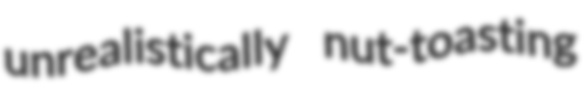
unrealistically nut-toasting